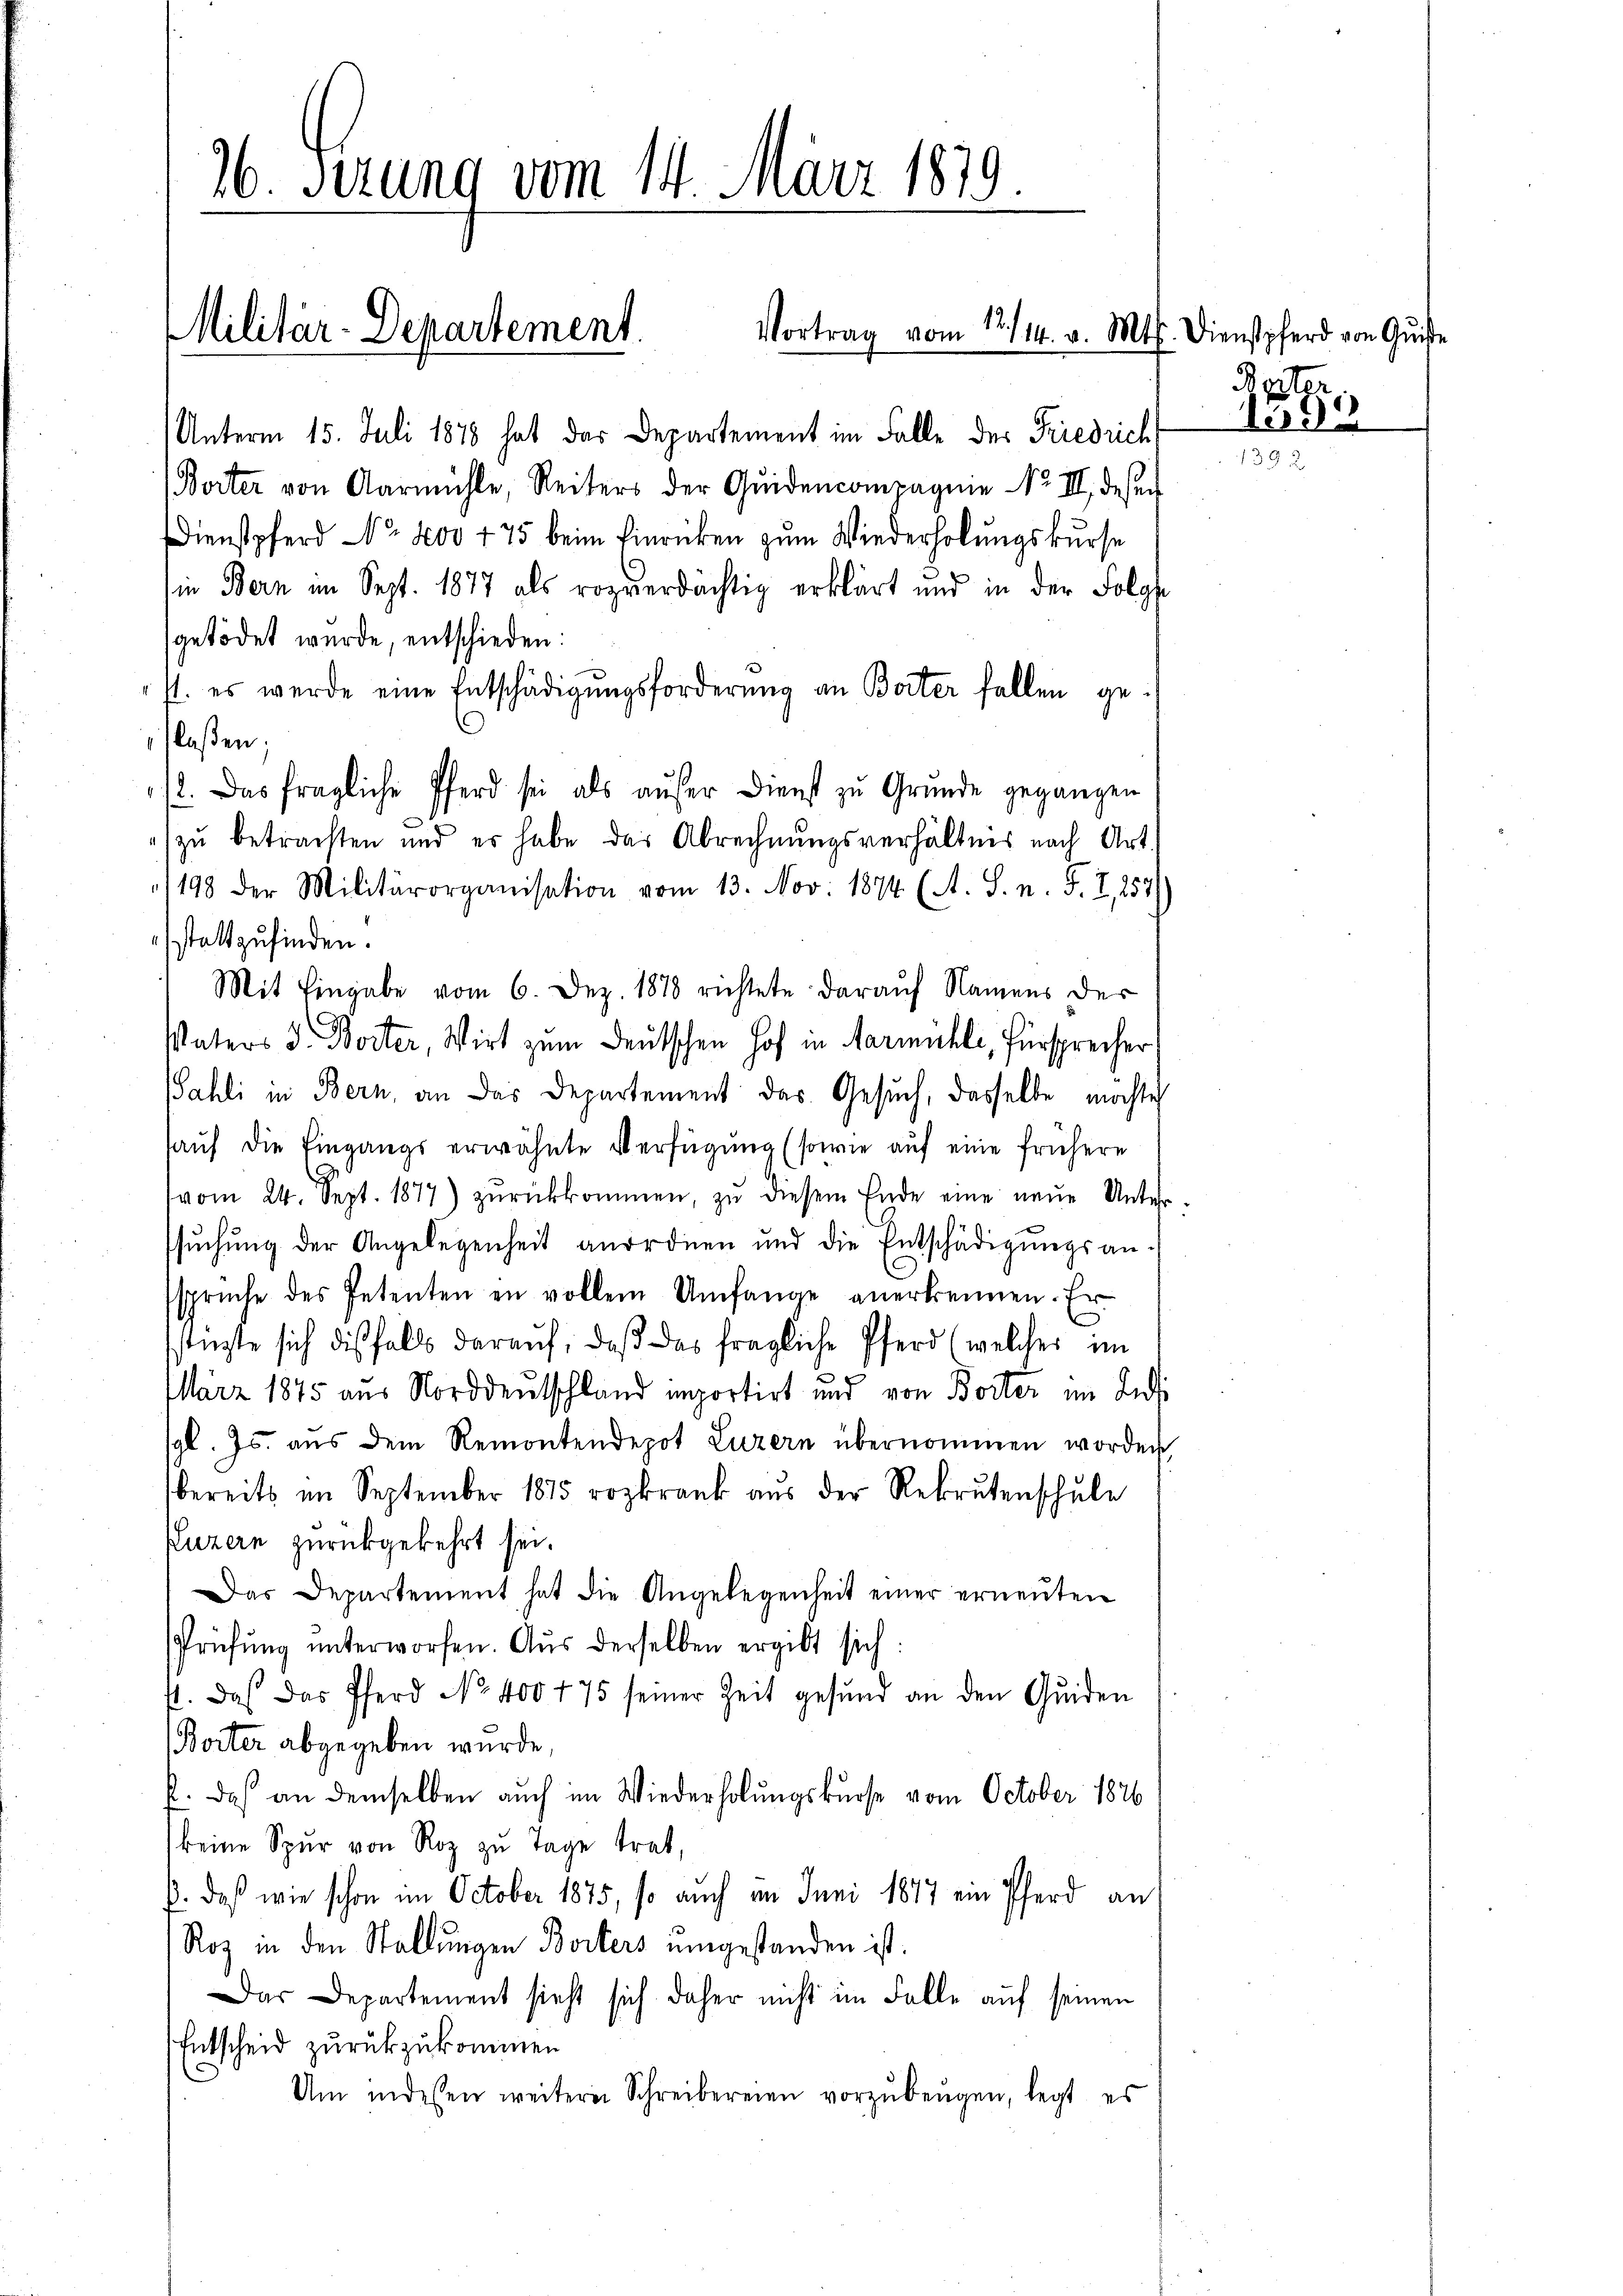
16. Serung vom 14. März 1879

Militär-Departement.

(Unterm 15. Juli 1878 hat der Departement im Falle der Friedrich
(Borter von Aarmühle, Reiters der Quidencompagnie No III deser
Dienstpferd No. 800 775 beim Einrücken zum Wiederholungskurse
ie Bern im Sept. 1877 als rozverdächtig erklärt und in der Folge
getödet wurde, entschieden:
st. es werde eine Entschädigungsforderung an Borter fallen getlaßen;
12. Das fragliche Pferd sei als aŭfer Dienst zŭ Gründe gegangen
zu betrachten und es habe das Abrechnungsverhältnis nach Art.
/198 der Militärorganisation vom 13. Nov. 1874 (A. S. n. F. I, 257)
stattzufinden.
Mit Eingabe vom 6. Dez. 1878 richtete darauf Namens der
Vaters J. Boiter, Wirt zum Deutschen Hof in Harmühle, Fürsprecher
Bahli in Bern, an das Departement das Gesuch, dasselbe möchte
auf die Eingangs erwähnte Verfügung (sowie auf eine frühere
vom 24. Sept. 1877) zŭrückkommen, zŭ diesem Ende eine neŭe Unter
suchung der Angelegenheit anordnen und die Entschädigungsan-
sprüche des Petenten en vollem Umfange anerkennen. Er
stüzte sich diesfalls darauf, daß das fragliche Pferd (welcher im
März 1875 aus Norddeutschland importirt und von Borter im Indi
gl. Js. aŭs dem Remontendepot Luzern übernommen worden,
bereits im September 1815 rozkrank aus der Rekrutenschule
Luzern zurückgekehrt sei.
Das Departement hat die Angelegenheit einer erneŭten
Prüfŭng ŭnterworfen. Aŭs derselben ergibt sich:
ft. Das das Pferd No. 400 f 75 seiner Zeit gesund an den Qŭiden
Borter abgegeben wurde,
f. Das an demselben auch im Wiederholungskurse vom October 1826
keine Spur von Roz zu Tage trat,
p. daß wie schon im October 1875, so auch an Juni 1877 ein Pferd an
Roz in den Stallungen Borters eingestanden ist.
as Departement sieht sich daher nicht im Falle auf seinen
Entscheid zurückzukommen.
Um indessen weitere Schreibereien vorzŭbeŭgen, legt es

Vortrag vom 12./14. v. Mts. Dienstpferd von Quise

pton
1595
e